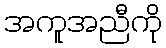
အကူအညီကို